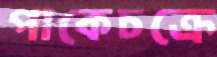
পাকেচক্রে